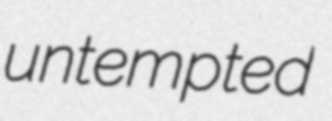
untempted